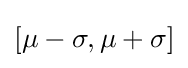
[\mu -\sigma ,\mu +\sigma ]